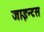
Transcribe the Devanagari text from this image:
जाइन्टस